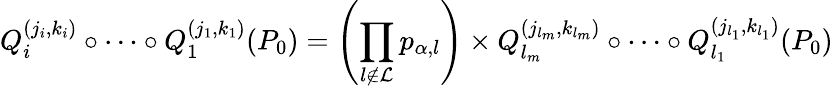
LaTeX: Q_{i}^{(j_{i},k_{i})}\circ\dots\circ Q_{1}^{(j_{1},k_{1})}(P_{0})=\left(\prod_{l\not\in\mathcal{L}}p_{\alpha,l}\right)\times Q_{l_{m}}^{(j_{l_{m}},k_{l_{m}})}\circ\dots\circ Q_{l_{1}}^{(j_{l_{1}},k_{l_{1}})}(P_{0})